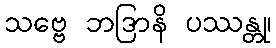
သဗ္ဗေ ဘဒြာနိ ပဿန္တု၊